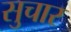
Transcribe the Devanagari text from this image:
सुचार